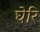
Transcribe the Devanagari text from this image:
घेरि